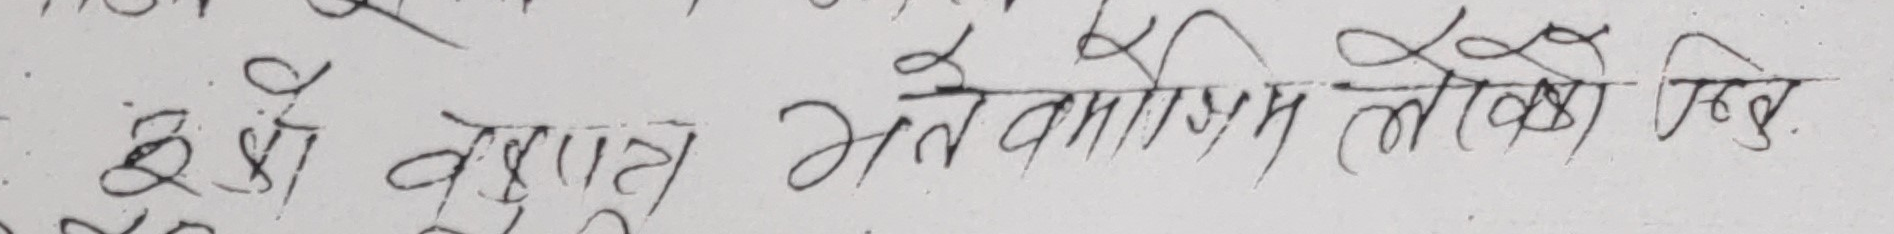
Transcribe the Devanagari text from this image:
श्री कुशल भतमाम लोहिको जिउ